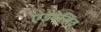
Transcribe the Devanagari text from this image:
एडहेसिव